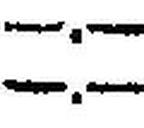
—.—